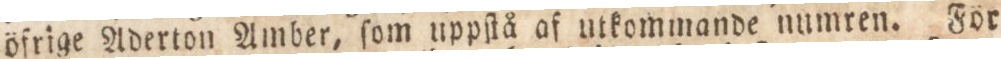
öfrige Aderton Amber, ſom uppſtå af utkommande numren. För